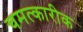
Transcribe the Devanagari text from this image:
चमत्कारीक